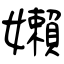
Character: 嬾